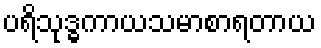
ပရိသုဒ္ဓကာယသမာစာရတာယ